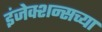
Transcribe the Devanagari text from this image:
इंजेक्शन्सच्या